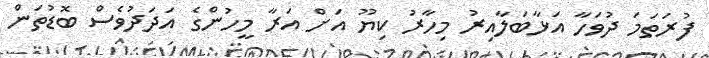
ފުރަތަމަ ދުވަހާ އަޅާބަލާއިރު މިހާރު ކިޔޫ އަށް އަރާ މީހުންގެ އަދަދުވެސް ބޮޑުތަން